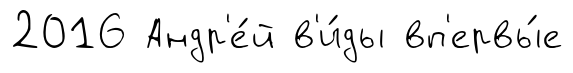
2016 Андр'е́й в'и́ды вп'ервы́е